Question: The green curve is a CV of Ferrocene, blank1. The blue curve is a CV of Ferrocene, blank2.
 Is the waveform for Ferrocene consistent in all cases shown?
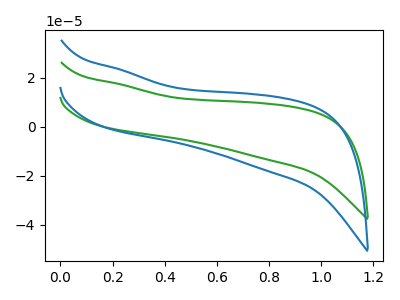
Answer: <think>The green curve "Ferrocene, blank1" has no peaks. The blue curve "Ferrocene, blank2" has no peaks.
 Neither "Ferrocene, blank1" or "Ferrocene, blank2" have any peaks.</think>
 <answer>All the CV's of "Ferrocene" have similar shape.</answer>
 <eval>follow_rule</eval>